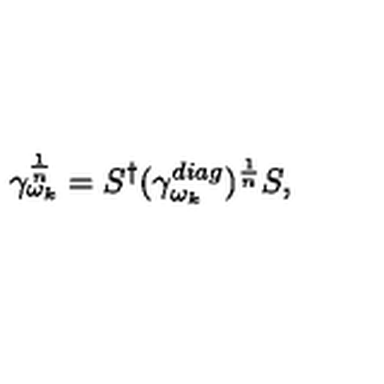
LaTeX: \gamma _ { \omega _ { k } } ^ { \frac { 1 } { n } } = S ^ { \dagger } ( \gamma _ { \omega _ { k } } ^ { d i a g } ) ^ { \frac { 1 } { n } } S ,